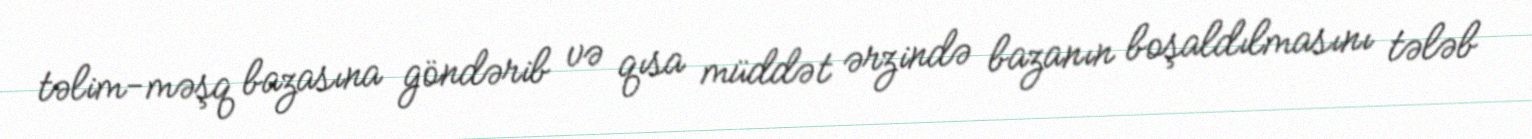
təlim-məşq bazasına göndərib və qısa müddət ərzində bazanın boşaldılmasını tələb